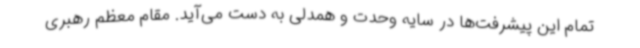
تمام این پیشرفت‌ها در سایه وحدت و همدلی به دست می‌آید. مقام معظم رهبری